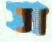
স